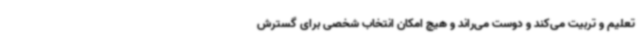
تعلیم و تربیت می‌کند و دوست می‌راند و هیچ امکان انتخاب شخصی برای گسترش